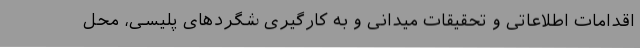
اقدامات اطلاعاتی و تحقیقات میدانی و به کارگیری شگردهای پلیسی، محل